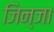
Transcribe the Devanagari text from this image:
जिन्जा